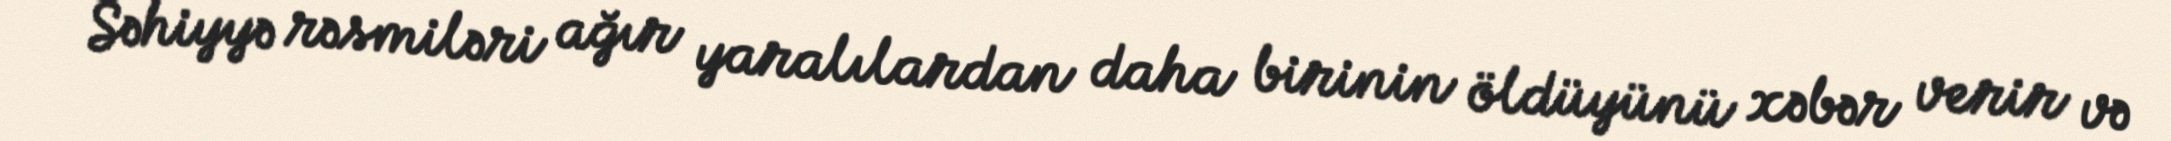
Səhiyyə rəsmiləri ağır yaralılardan daha birinin öldüyünü xəbər verir və